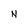
Character: N